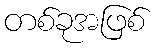
တစ်ခုအဖြစ်